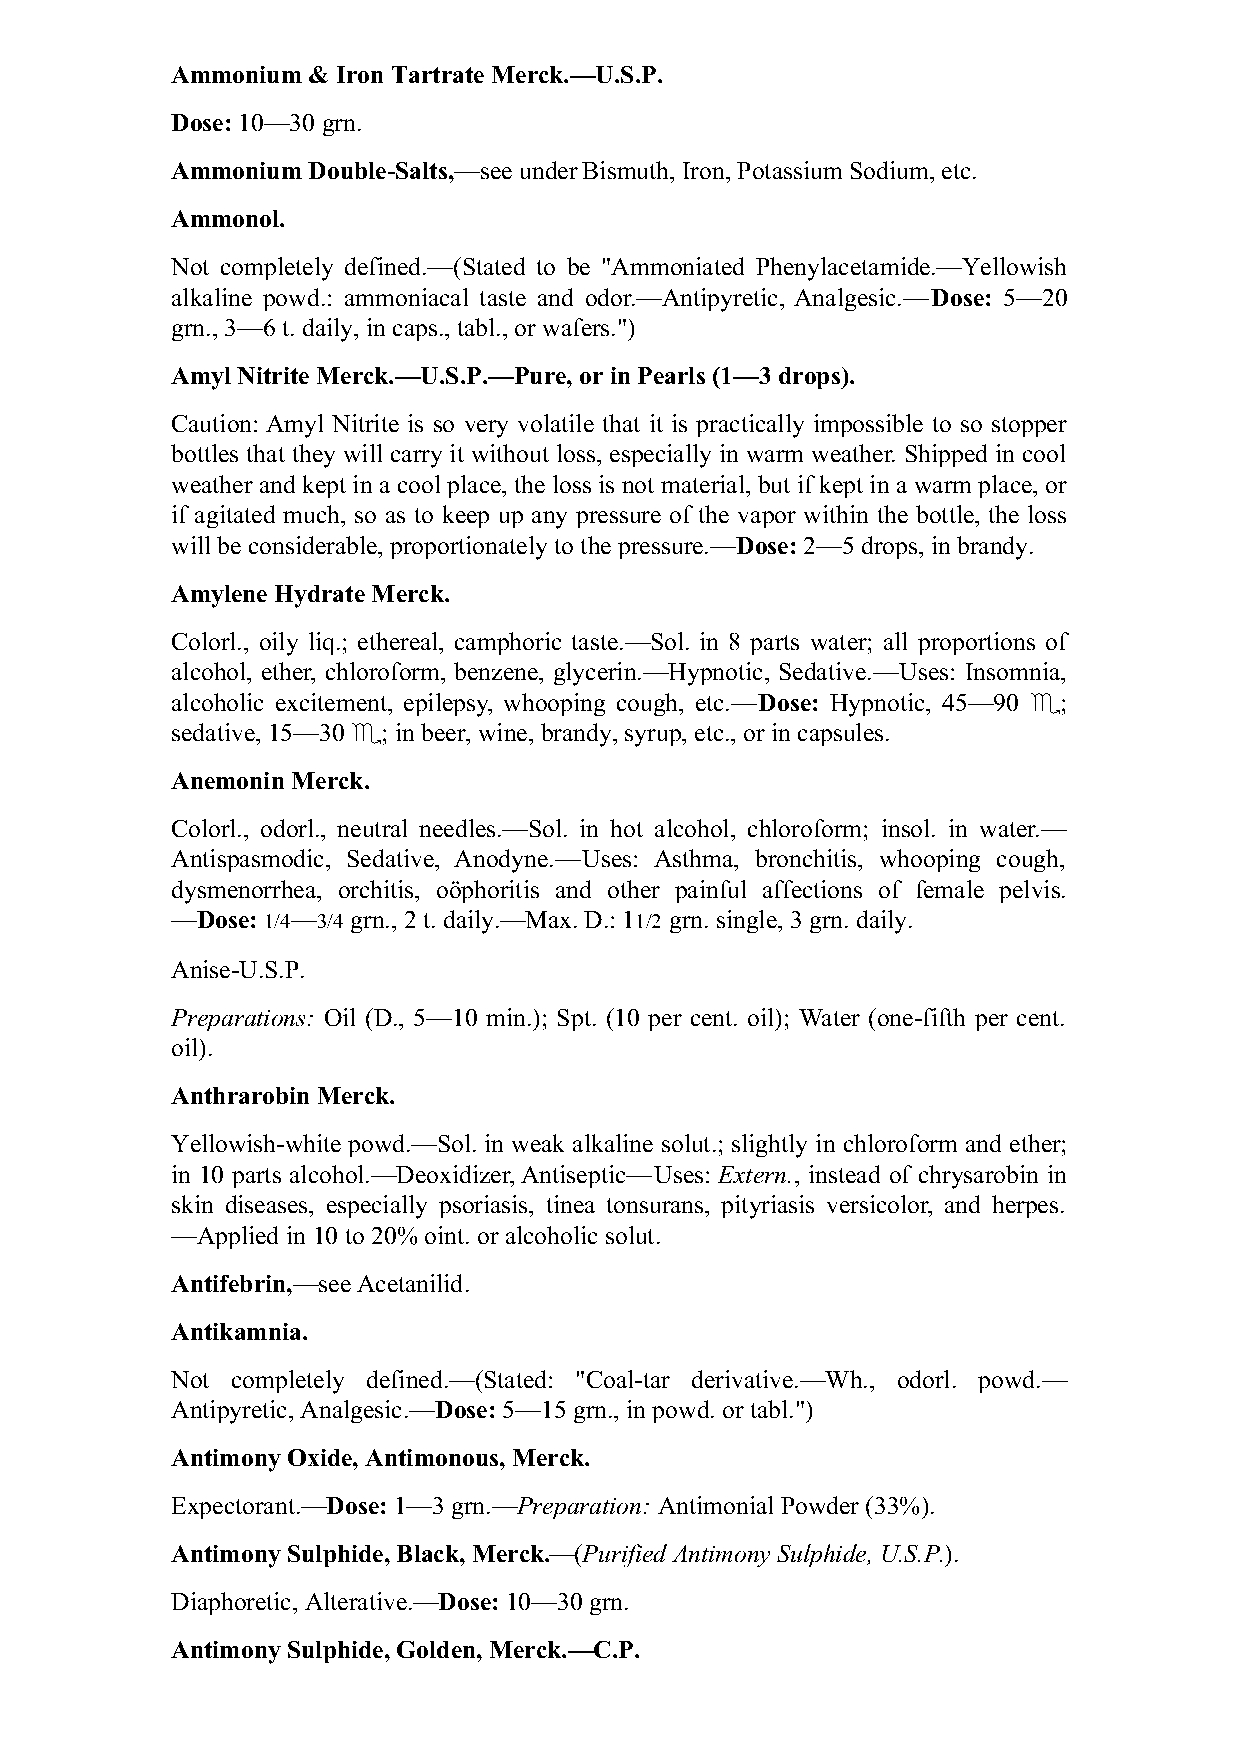
Ammonium & Iron Tartrate Merck.—U.S.P.
 Dose: 10—30 grn.
 Ammonium Double-Salts,—see under Bismuth, Iron, Potassium Sodium, etc.
 Ammonol.
 Not completely defined.—(Stated to be "Ammoniated Phenylacetamide.—Yellowish
 alkaline powd.: ammoniacal taste and odor.—Antipyretic, Analgesic.—Dose: 5—20
 grn., 3—6 t. daily, in caps., tabl., or wafers.")
 Amyl Nitrite Merck.—U.S.P.—Pure, or in Pearls (1—3 drops).
 Caution: Amyl Nitrite is so very volatile that it is practically impossible to so stopper
 bottles that they will carry it without loss, especially in warm weather. Shipped in cool
 weather and kept in a cool place, the loss is not material, but if kept in a warm place, or
 if agitated much, so as to keep up any pressure of the vapor within the bottle, the loss
 will be considerable, proportionately to the pressure.—Dose: 2—5 drops, in brandy.
 Amylene Hydrate Merck.
 Colorl., oily liq.; ethereal, camphoric taste.—Sol. in 8 parts water; all proportions of
 alcohol, ether, chloroform, benzene, glycerin.—Hypnotic, Sedative.—Uses: Insomnia,
 alcoholic excitement, epilepsy, whooping cough, etc.—Dose: Hypnotic, 45—90 ♏;
 sedative, 15—30 ♏; in beer, wine, brandy, syrup, etc., or in capsules.
 Anemonin Merck.
 Colorl., odorl., neutral needles.—Sol. in hot alcohol, chloroform; insol. in water.—
 Antispasmodic, Sedative, Anodyne.—Uses: Asthma, bronchitis, whooping cough,
 dysmenorrhea, orchitis, oöphoritis and other painful affections of female pelvis.
 —Dose: 1/4—3/4 grn., 2 t. daily.—Max. D.: 11/2 grn. single, 3 grn. daily.
 Anise-U.S.P.
 Preparations: Oil (D., 5—10 min.); Spt. (10 per cent. oil); Water (one-fifth per cent.
 oil).
 Anthrarobin Merck.
 Yellowish-white powd.—Sol. in weak alkaline solut.; slightly in chloroform and ether;
 in 10 parts alcohol.—Deoxidizer, Antiseptic—Uses: Extern., instead of chrysarobin in
 skin diseases, especially psoriasis, tinea tonsurans, pityriasis versicolor, and herpes.
 —Applied in 10 to 20% oint. or alcoholic solut.
 Antifebrin,—see Acetanilid.
 Antikamnia.
 Not completely defined.—(Stated: "Coal-tar derivative.—Wh., odorl. powd.—
 Antipyretic, Analgesic.—Dose: 5—15 grn., in powd. or tabl.")
 Antimony Oxide, Antimonous, Merck.
 Expectorant.—Dose: 1—3 grn.—Preparation: Antimonial Powder (33%).
 Antimony Sulphide, Black, Merck.—(Purified Antimony Sulphide, U.S.P.).
 Diaphoretic, Alterative.—Dose: 10—30 grn.
 Antimony Sulphide, Golden, Merck.—C.P.